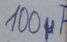
Text: 100µF